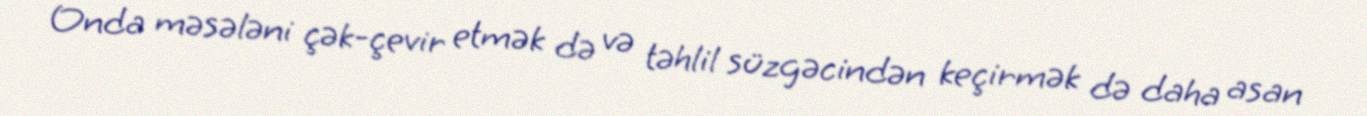
Onda məsələni çək-çevir etmək də və təhlil süzgəcindən keçirmək də daha asan